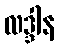
လဒ္ဒါန